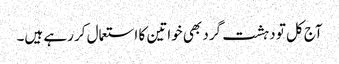
آج کل تو دہشت گرد بھی خواتین کا استعمال کر رہے ہیں۔